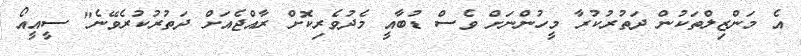
އެ މަންޒިލްތަކުން ދަތުރުކުރާ މީހުންނަށް ވެސް ޑުބާއީ މެދުވެރިކޮށް ރާއްޖެއަށް ދަތުރުކުރެވޭނެ" ސީއީއޯ